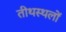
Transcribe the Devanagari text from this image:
तीथस्थलों